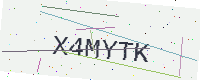
Text: X4MYTK